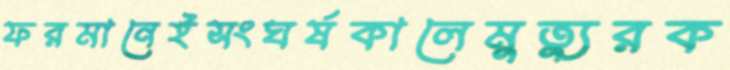
ফরমানেইসংঘর্ষকালেমুত্যুরক